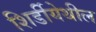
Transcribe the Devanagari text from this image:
शिर्डीयेथील